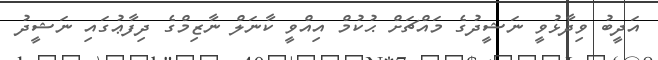
އަދީބު ވިދާޅުވީ ނަޝީދުގެ މައްޗަށް ޙުކުމް އިއްވީ ކާނަލް ނާޒިމްގެ ދިފާޢުގައި ނަޝީދު